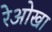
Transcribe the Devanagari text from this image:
रेओखा